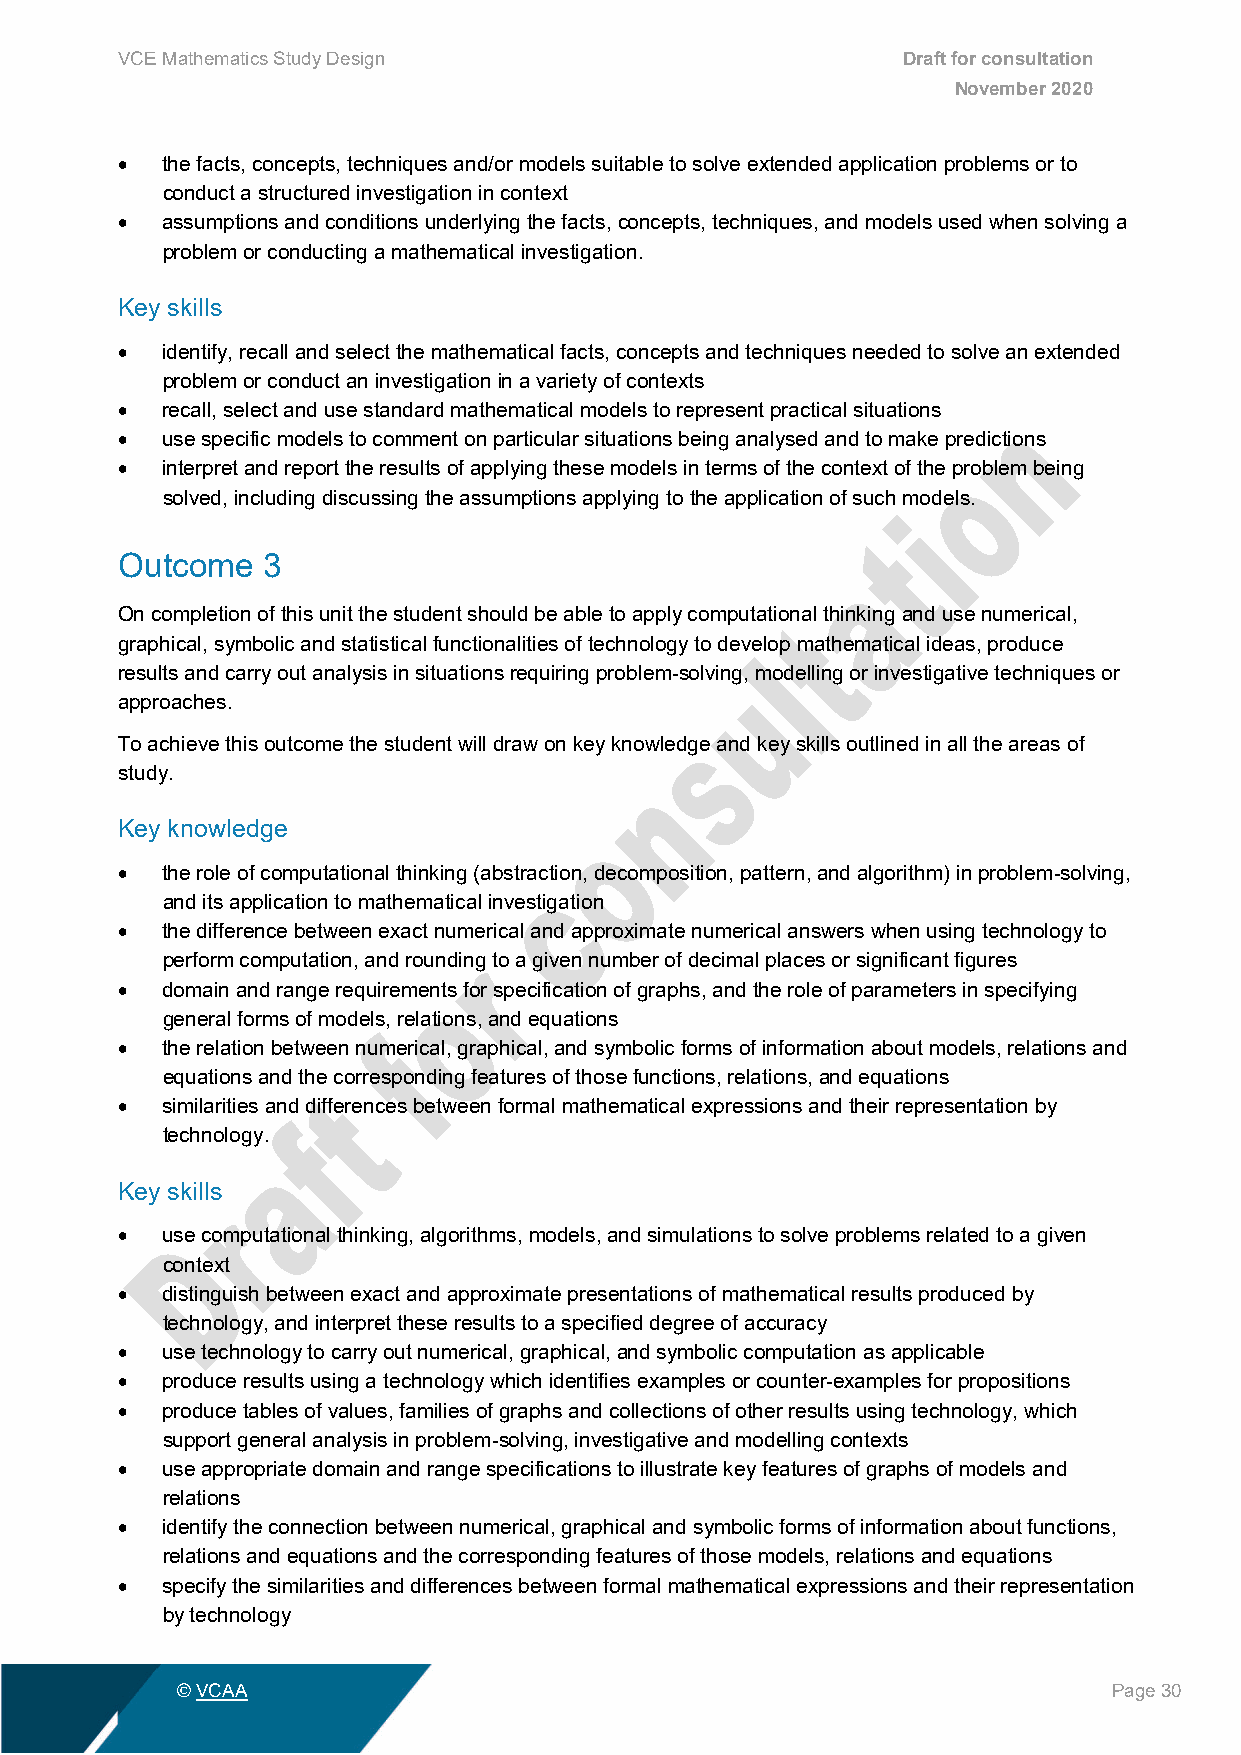
VCE Mathematics Study Design                        Draft for consultation
 November 2020
 •  the facts, concepts, techniques and/or models suitable to solve extended application problems or to
 conduct a structured investigation in context
 •  assumptions and conditions underlying the facts, concepts, techniques, and models used when solving a
 problem or conducting a mathematical investigation.
 Key skills
 •  identify, recall and select the mathematical facts, concepts and techniques needed to solve an extended
 problem or conduct an investigation in a variety of contexts
 •  recall, select and use standard mathematical models to represent practical situations
 •  use specific models to comment on particular situations being analysed and to make predictions
 •  interpret and report the results of applying these models in terms of the context of the problem being
 solved, including discussing the assumptions applying to the application of such models.
 Outcome  3
 On completion of this unit the student should be able to apply computational thinking and use numerical,
 graphical, symbolic and statistical functionalities of technology to develop mathematical ideas, produce
 results and carry out analysis in situations requiring problem-solving, modelling or investigative techniques or
 approaches.
 To achieve this outcome the student will draw on key knowledge and key skills outlined in all the areas of
 study.
 Key knowledge
 •  the role of computational thinking (abstraction, decomposition, pattern, and algorithm) in problem-solving,
 and its application to mathematical investigation
 •  the difference between exact numerical and approximate numerical answers when using technology to
 perform computation, and rounding to a given number of decimal places or significant figures
 •  domain and range requirements for specification of graphs, and the role of parameters in specifying
 general forms of models, relations, and equations
 •  the relation between numerical, graphical, and symbolic forms of information about models, relations and
 equations and the corresponding features of those functions, relations, and equations
 •  similarities and differences between formal mathematical expressions and their representation by
 technology.
 Key skills
 •  use computational thinking, algorithms, models, and simulations to solve problems related to a given
 context
 •  distinguish between exact and approximate presentations of mathematical results produced by
 technology, and interpret these results to a specified degree of accuracy
 •  use technology to carry out numerical, graphical, and symbolic computation as applicable
 •  produce results using a technology which identifies examples or counter-examples for propositions
 •  produce tables of values, families of graphs and collections of other results using technology, which
 support general analysis in problem-solving, investigative and modelling contexts
 •  use appropriate domain and range specifications to illustrate key features of graphs of models and
 relations
 •  identify the connection between numerical, graphical and symbolic forms of information about functions,
 relations and equations and the corresponding features of those models, relations and equations
 •  specify the similarities and differences between formal mathematical expressions and their representation
 by technology
 © VCAA                                                        Page 30